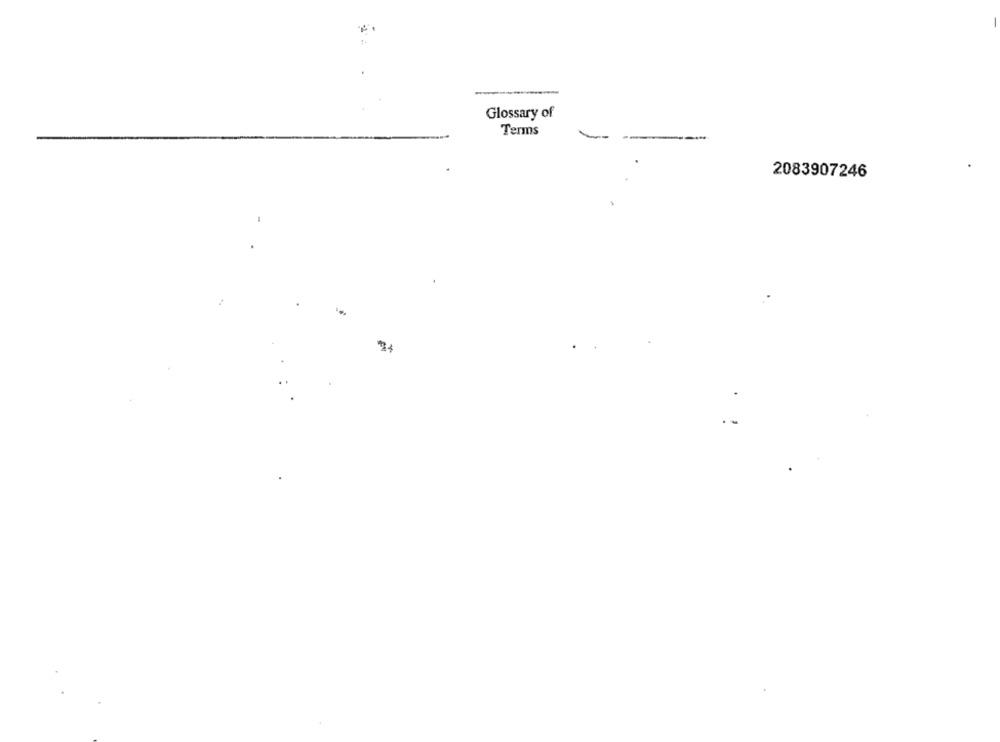
Glossary of
Terms
2083907246